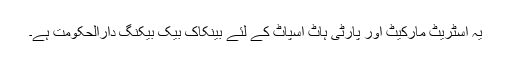
یہ اسٹریٹ مارکیٹ اور پارٹی ہاٹ اسپاٹ کے لئے بینکاک بیک بیکنگ دارالحکومت ہے۔